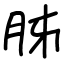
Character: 胏